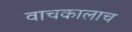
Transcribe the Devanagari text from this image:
वाचकालाच